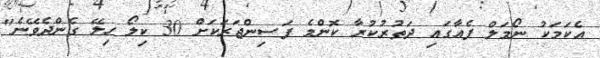
އެކަމަކު ނޯމަލް ފެއާގައި ދަތުރުކުރާ ކޮންމެ ފަސިންޖަރަކަށް 30 ކިލޯ ހިލޭ ގެންދެވޭނެ"